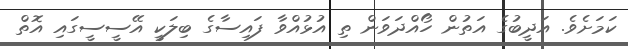
ކަމަށެވެ. އަދީބުގެ އަތުން ހޯއްދަވަން ތި އުޅުއްވާ ފައިސާގެ ބިލަކީ އޭސީސީގައި އޮތް